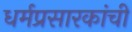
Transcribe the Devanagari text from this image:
धर्मप्रसारकांची